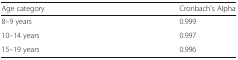
<table><thead><tr><td><b>Age category</b></td><td><b>Cronbach’s Alpha</b></td></tr></thead><tbody><tr><td>8–9 years</td><td>0.999</td></tr><tr><td>10–14 years</td><td>0.997</td></tr><tr><td>15–19 years</td><td>0.996</td></tr></tbody></table>